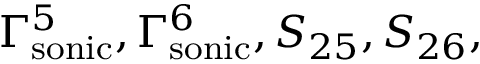
\Gamma _ { \mathrm { s o n i c } } ^ { 5 } , \Gamma _ { \mathrm { s o n i c } } ^ { 6 } , S _ { 2 5 } , S _ { 2 6 } ,